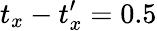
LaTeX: t_{x}-t_{x}^{\prime}=0.5